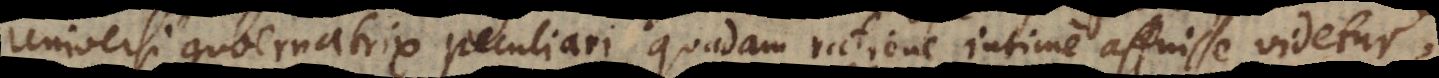
universi gubernatrix peculiari quadam ratione intime affuisse videtur,